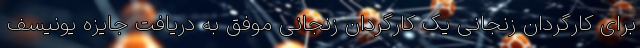
برای کارگردان زنجانی یک کارگردان زنجانی موفق به دریافت جایزه یونیسف